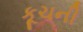
કૂચની